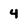
Character: 4